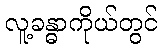
လူ့ခန္ဓာကိုယ်တွင်